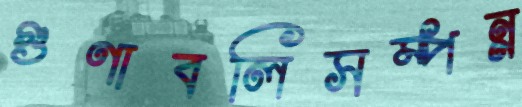
গুণাবলিসম্পন্ন